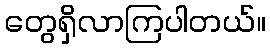
တွေရှိလာကြပါတယ်။